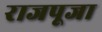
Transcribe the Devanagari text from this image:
राजपूजा